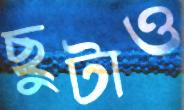
ছুটাও